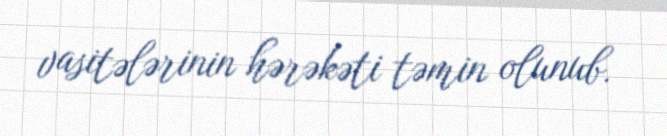
vasitələrinin hərəkəti təmin olunub.